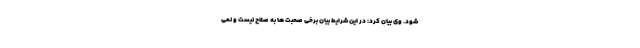
شود. وی بیان کرد: در این شرایط بیان برخی صحبت ها به صلاح نیست و نمی